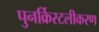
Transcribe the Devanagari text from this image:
पुनर्क्रिस्टलीकरण